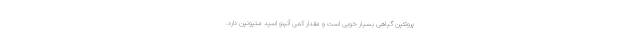
پروتئین گیاهی بسیار خوبی است و مقدار کمی آنینو اسید متیونین دارد.